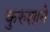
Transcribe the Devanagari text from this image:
कुरुशाने